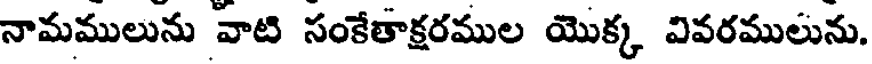
నామములును వాటి సంకేతాక్షరముల యొక్క వివరములును.